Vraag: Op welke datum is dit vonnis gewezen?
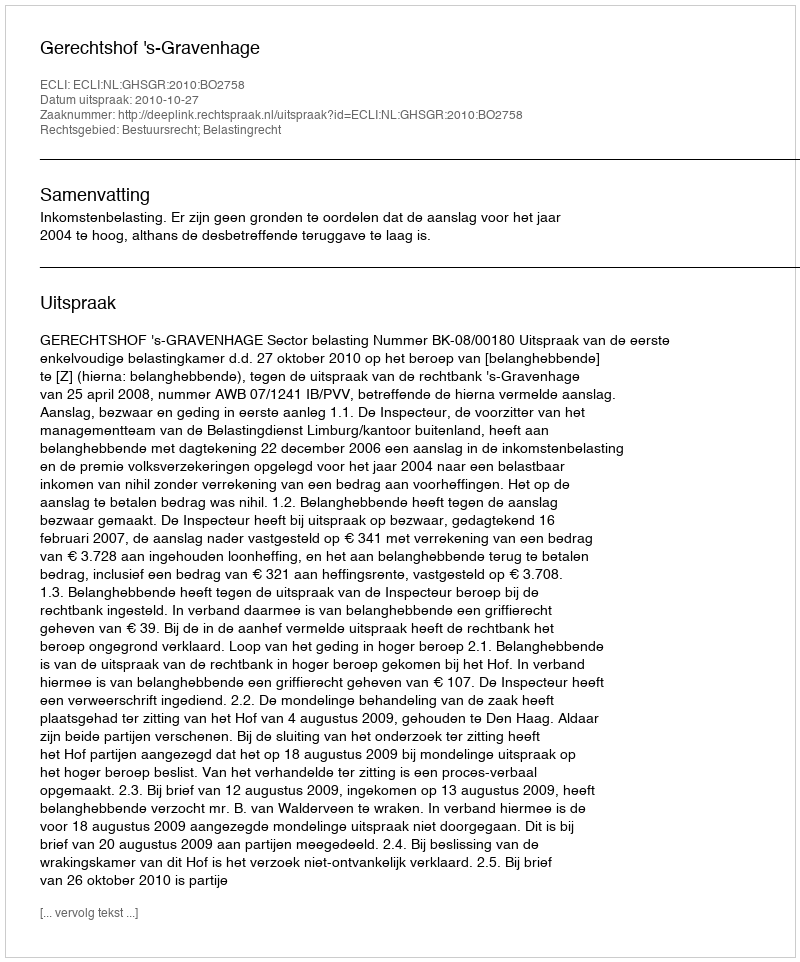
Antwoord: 2010-10-27